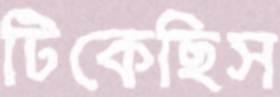
টিকেছিস